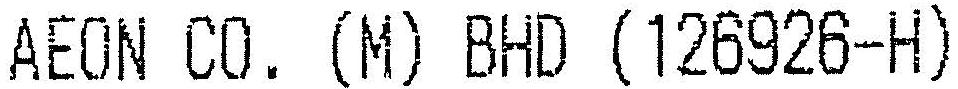
AEON CO. (M) BHD (126926-H)